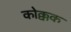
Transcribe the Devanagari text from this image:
कोक्कक